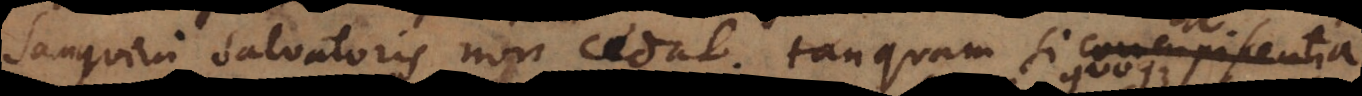
Sanguini Salvatoris non cedat, tanquam si concupiscentia